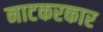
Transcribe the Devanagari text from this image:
नाटकरकार